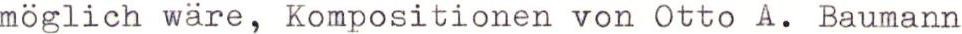
möglich wäre, Kompositionen von Otto A. Baumann